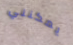
يمكنني